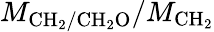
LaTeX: M_{\mathrm{CH_{2}/CH_{2}O}}/M_{\mathrm{CH_{2}}}